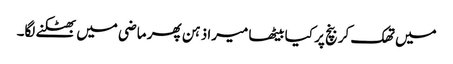
میں تھک کر بنچ پر کیا بیٹھا میرا ذہن پھر ماضی میں بھٹکنے لگا۔